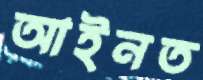
আইনত